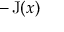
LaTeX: - \operatorname { J } ( x )